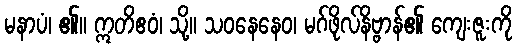
မနာပံ၊ ၏။ ဣတိဧဝံ၊ သို့။ သဝနေနေဝ၊ မဂ်ဖိုလ်နိဗ္ဗာန်၏ ကျေးဇူးကို